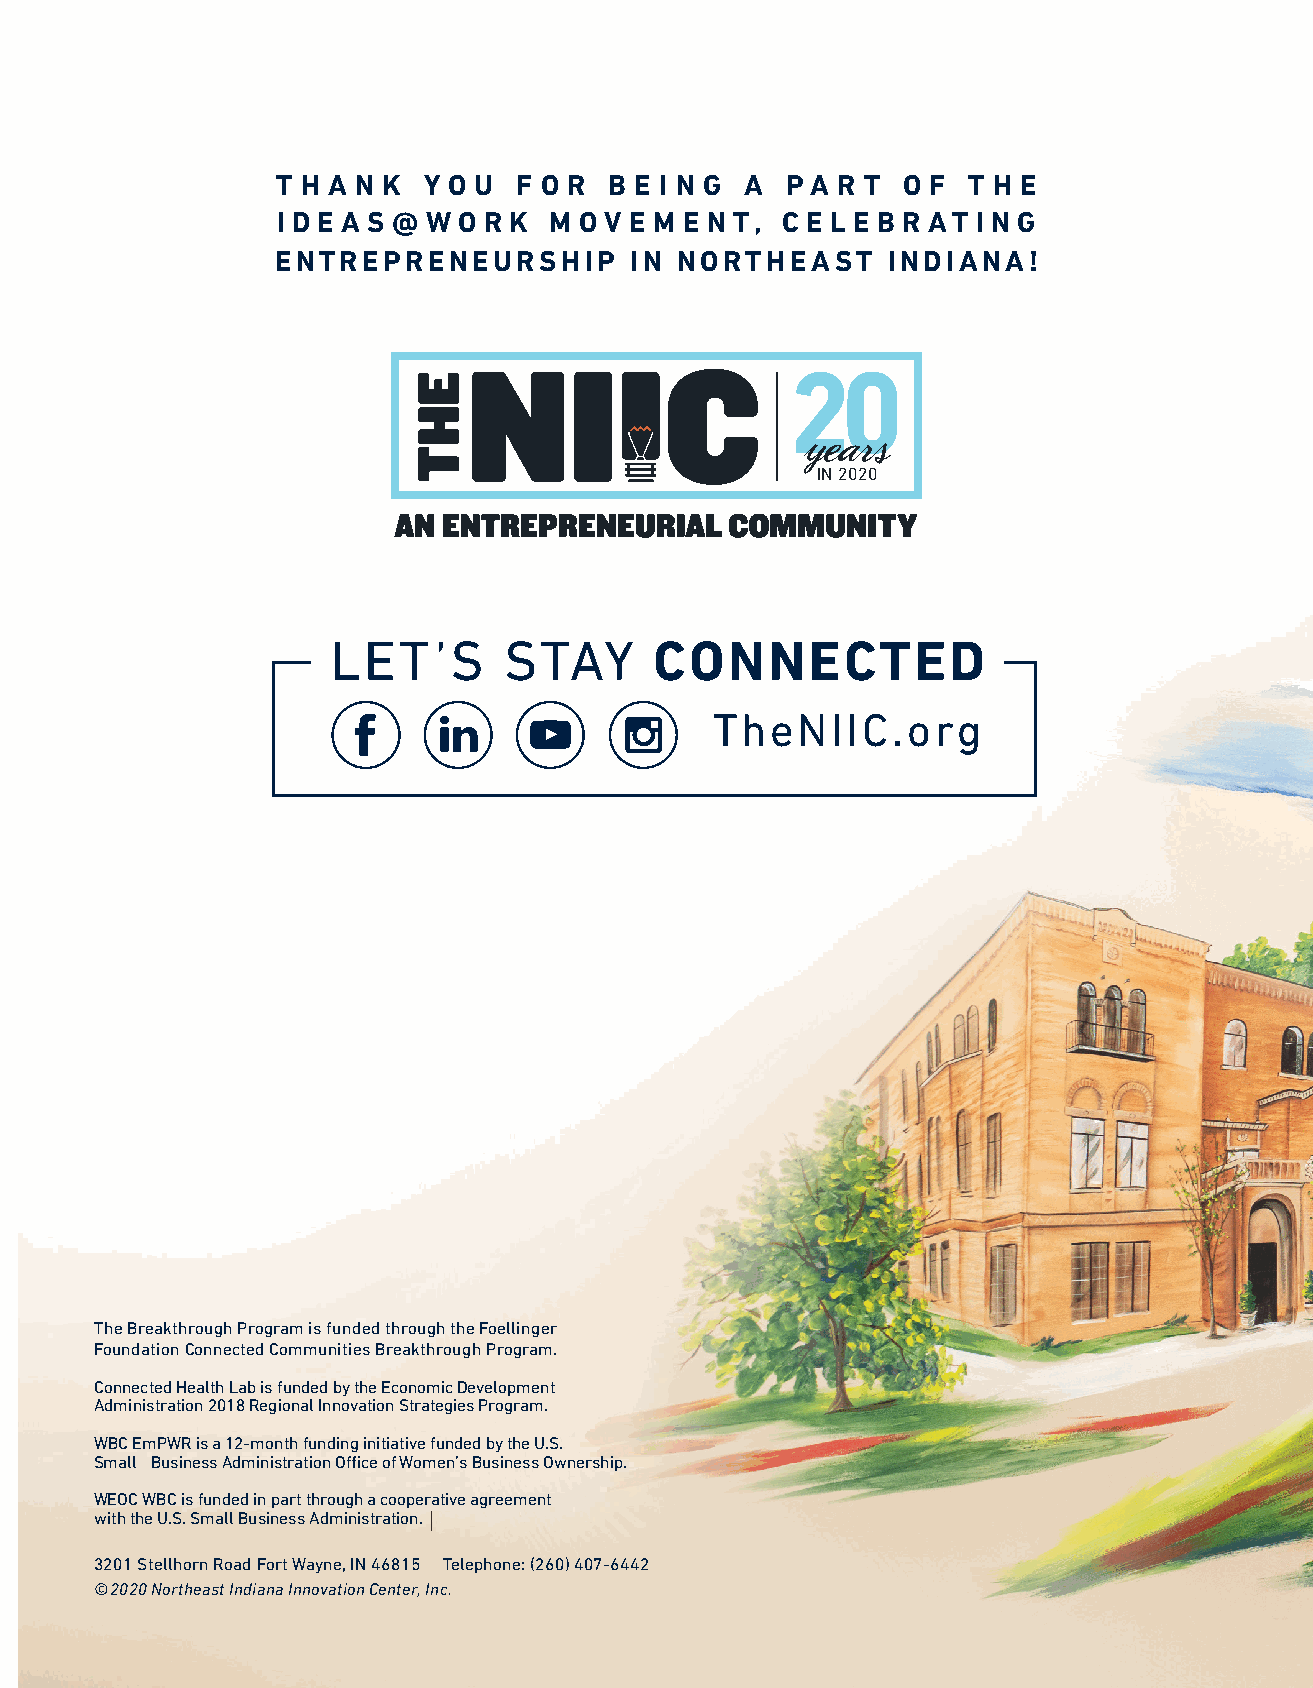
T H A N K Y O U F O R B E I N G A PA R T  O F T H E
 I D E A S @ W O R K M O V E M E N T, C E L E B R AT I N G
 ENTREPRENEURSHIP        IN NORTHEAST     INDIANA!
 years
 IN 2020
 LET’S      STAY      CONNECTED
 TheNIIC.org
 The Breakthrough Program is funded through the Foellinger
 Foundation Connected Communities Breakthrough Program.
 Connected Health Lab is funded by the Economic Development
 Administration 2018 Regional Innovation Strategies Program.
 WBC EmPWR is a 12-month funding initiative funded by the U.S.
 Small Business Administration Office of Women’s Business Ownership.
 WEOC WBC is funded in part through a cooperative agreement
 with the U.S. Small Business Administration.
 3201 Stellhorn Road Fort Wayne, IN 46815 Telephone: (260) 407-6442
 ©2020 Northeast Indiana Innovation Center, Inc.